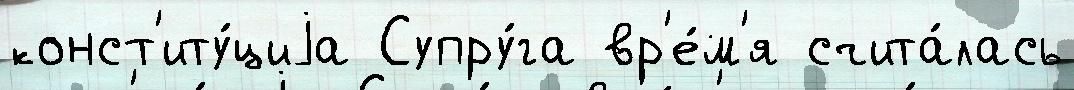
конст'иту́циjа Супру́га вр'е́м'я счита́лась